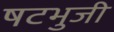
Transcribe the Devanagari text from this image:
षटभुजी